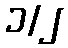
၁/၂